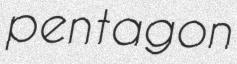
pentagon